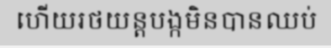
ហើយរថយន្តបង្កមិនបានឈប់